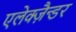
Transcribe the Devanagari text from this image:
एलेक्ज़ैन्डर